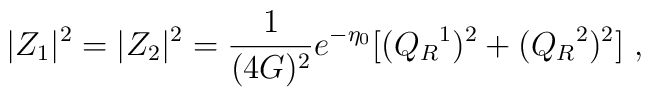
|Z_1|^2=|Z_2|^2={1\over(4G)^2}e^{-\eta_0}[(Q_R{}^1)^2+(Q_R{}^2)^2]\ ,